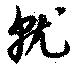
就